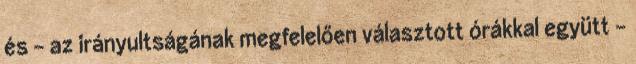
és - az irányultságának megfelelően választott órákkal együtt -